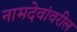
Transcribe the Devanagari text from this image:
नामदेवांवरील